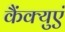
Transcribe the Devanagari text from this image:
कैंक्युएं